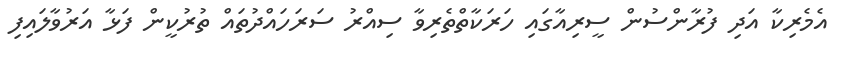
އެމެރިކާ އަދި ފުރާންސުން ސީރިއާގައި ހަރަކާތްތެރިވާ ސިއްރު ސަރަހައްދުތައް ތުރުކީން ފަޅާ އަރުވާލައިފި